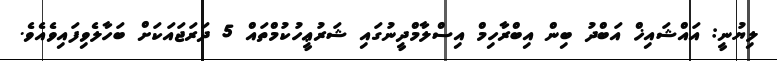
ލިޔުނީ: އައްޝައިޚް އަބްދު ބިން އިބްރާހިމް އިސްލާމްދީނުގައި ޝަރުޢީހުކުމްތައް 5 ދަރަޖައަކަށް ބަހާލެވިފައިވެއެވެ.